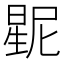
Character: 𱢛